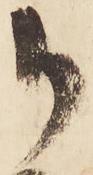
御